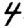
Digit: 4